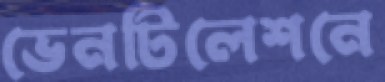
ভেনটিলেশনে